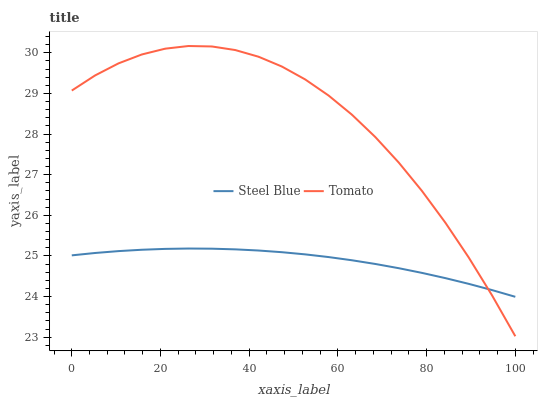
| xaxis_label | Steel Blue | Tomato |
 | --- | --- | --- |
 | 0 | 25 | 29.1 |
 | 5.26 | 25.1 | 29.4 |
 | 10.5 | 25.1 | 29.7 |
 | 15.8 | 25.2 | 30 |
 | 21.1 | 25.2 | 30.1 |
 | 26.3 | 25.2 | 30.2 |
 | 31.6 | 25.2 | 30.2 |
 | 36.8 | 25.2 | 30.1 |
 | 42.1 | 25.1 | 29.9 |
 | 47.4 | 25.1 | 29.7 |
 | 52.6 | 25 | 29.3 |
 | 57.9 | 25 | 28.9 |
 | 63.2 | 24.9 | 28.5 |
 | 68.4 | 24.8 | 27.9 |
 | 73.7 | 24.7 | 27.3 |
 | 78.9 | 24.6 | 26.6 |
 | 84.2 | 24.5 | 25.8 |
 | 89.5 | 24.3 | 25 |
 | 94.7 | 24.2 | 24 |
 | 100 | 24 | 23 |